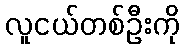
လူငယ်တစ်ဦးကို